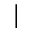
\vert